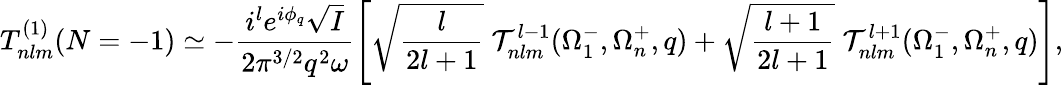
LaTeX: T_{nlm}^{(1)}(N=-1)\simeq-\frac{i^{l}e^{i\phi_{q}}\sqrt{I}}{2{\pi}^{3/2}q^{2}\omega}\left[\sqrt{\frac{l}{2l+1}}\; {\cal T}_{nlm}^{l-1}(\Omega_{1}^{-},\Omega_{n}^{+},q)+\sqrt{\frac{l+1}{2l+1}}\; {\cal T}_{nlm}^{l+1}(\Omega_{1}^{-},\Omega_{n}^{+},q)\right],